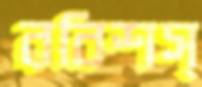
রবিশস্